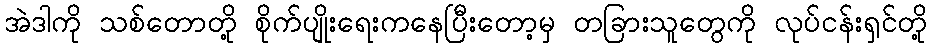
အဲဒါကို သစ်တောတို့ စိုက်ပျိုးရေးကနေပြီးတော့မှ တခြားသူတွေကို လုပ်ငန်းရှင်တို့